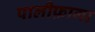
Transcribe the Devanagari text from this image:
पालीफ़ागा